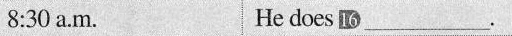
8:30 a.M. He does 16___.